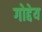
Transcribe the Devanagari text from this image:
गोद्देय